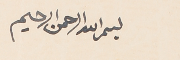
بسم الله الرحمن الرحيم